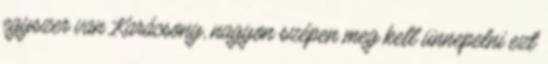
egyszer van Karácsony, nagyon szépen meg kell ünnepelni ezt